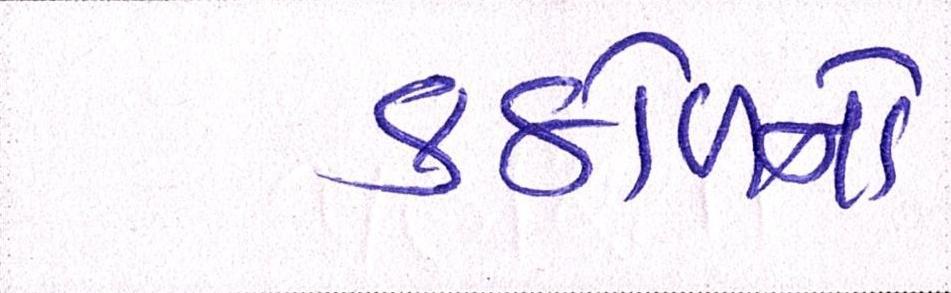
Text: કઠોળનો